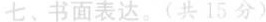
七、书面表达（共15分）